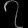
Digit: ၇